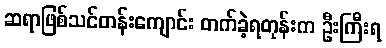
ဆရာဖြစ်သင်တန်းကျောင်း တက်ခဲ့ရတုန်းက ဦးကြီးရ